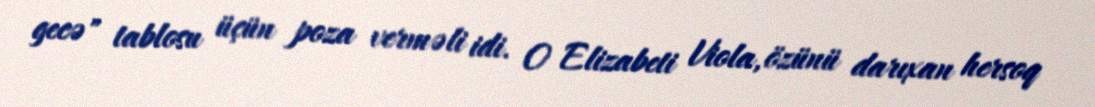
gecə" tablosu üçün poza verməli idi. O Elizabeti Viola, özünü darıxan hersoq